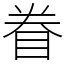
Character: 眷